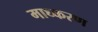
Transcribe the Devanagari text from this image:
माध्करण